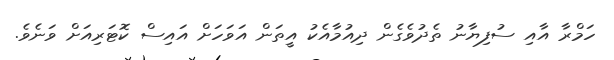
ހަމްރާ އާއި ސުފިޔާނު ތެދުވެގެން ދިއުމާއެކު އީތަން އަވަހަށް އައިސް ކޮޓަރިއަށް ވަނެވެ.